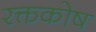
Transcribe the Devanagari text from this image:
रक्तकोष